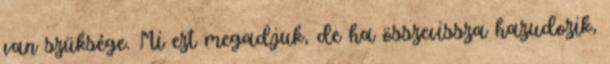
van szüksége. Mi ezt megadjuk, de ha összevissza hazudozik,